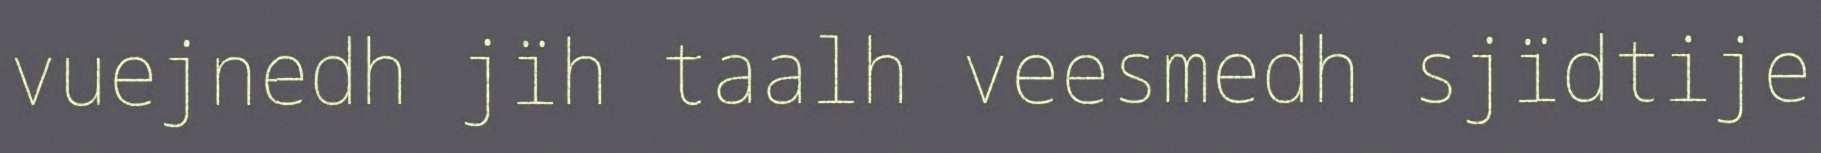
vuejnedh jïh taalh veesmedh sjïdtije